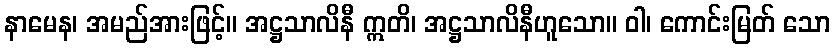
နာမေန၊ အမည်အားဖြင့်။ အဋ္ဌသာလိနီ ဣတိ၊ အဋ္ဌသာလိနီဟူသော။ ဝါ၊ ကောင်းမြတ် သော